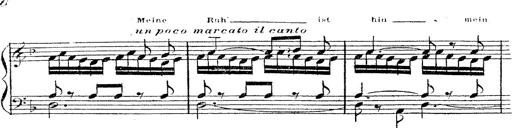
Title: 12 Lieder von Franz Schubert
Composer: Franz Liszt